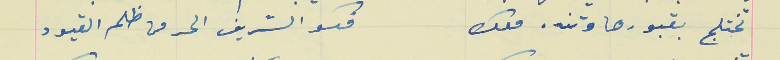
تختلج بقبورها وتنده معك                                    فكو الشريف الحر من ظلم القيود